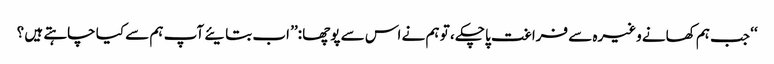
‘‘ جب ہم کھانے وغیرہ سے فراغت پاچکے ، تو ہم نے اس سے پوچھا :’’ اب بتایئے آپ ہم سے کیا چاہتے ہیں ؟